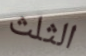
الثلث